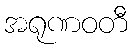
အရုဏဝတီ